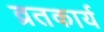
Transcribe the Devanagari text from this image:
व्रतकार्य